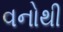
વનોથી